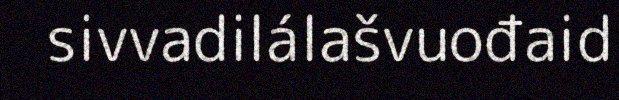
sivvadilálašvuođaid